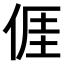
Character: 𠊎